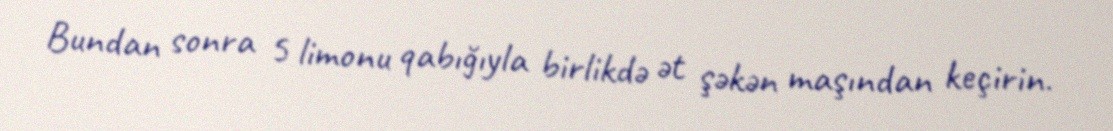
Bundan sonra 5 limonu qabığıyla birlikdə ət şəkən maşından keçirin.